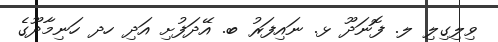
ވިލިގިލި ލ. ފޮނަދޫ ޅ. ނައިފަރު ބ. އޭދަފުށި އަދި ހދ ހަނިމާދޫގެ